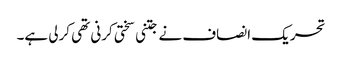
تحریک انصاف نے جتنی سختی کرنی تھی کرلی ہے۔